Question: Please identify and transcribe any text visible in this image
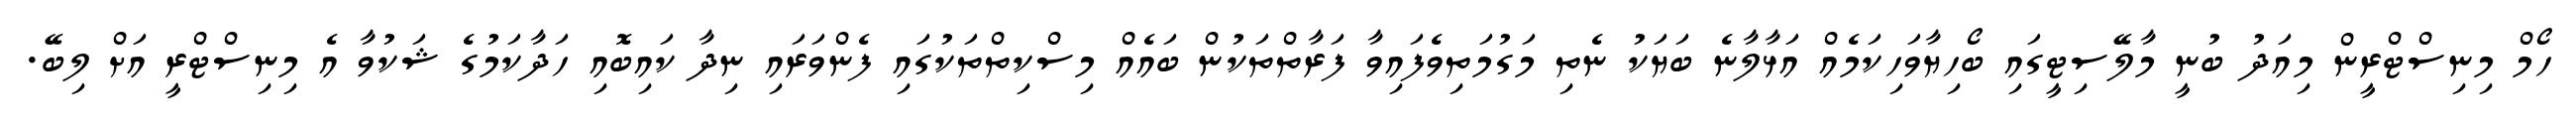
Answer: ހޯމް މިނިސްޓްރީން މިއަދު ބުނީ މާލޭސިޓީގައި ބޯހިޔާވަހިކަމެއް އަޅާލާނެ ބަޔަކު ނެތި މަގުމަތިވެފައިވާ ފަރާތްތަކުން ބައެއް މިސްކިތްތަކުގައި ފެންވަރައި ނިދާ ކައިބޮއި ހަދާކަމުގެ ޝަކުވާ އެ މިނިސްޓްރީ އަށް ލިބޭ.